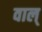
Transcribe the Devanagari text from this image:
वाल्